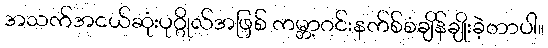
အသက်အငယ်ဆုံးပုဂ္ဂိုလ်အဖြစ် ကမ္ဘာ့ဂင်းနက်စ်စံချိန်ချိုးခဲ့တာပါ။